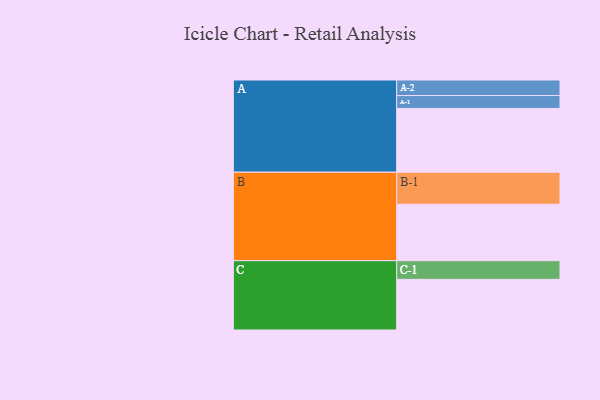
{"axis": {"x": "Segment", "y": "Value"}, "legend": ["", "A", "B", "C"], "data": [{"x": "A", "y": 476, "type": ""}, {"x": "B", "y": 421, "type": ""}, {"x": "C", "y": 378, "type": ""}, {"x": "A-1", "y": 96, "type": "A"}, {"x": "A-2", "y": 116, "type": "A"}, {"x": "B-1", "y": 239, "type": "B"}, {"x": "C-1", "y": 139, "type": "C"}]}